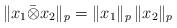
LaTeX: \begin{align*}\Vert x_1\bar{\otimes}x_2\Vert_p = \Vert x_1\Vert_p\,\Vert x_2\Vert_p\end{align*}